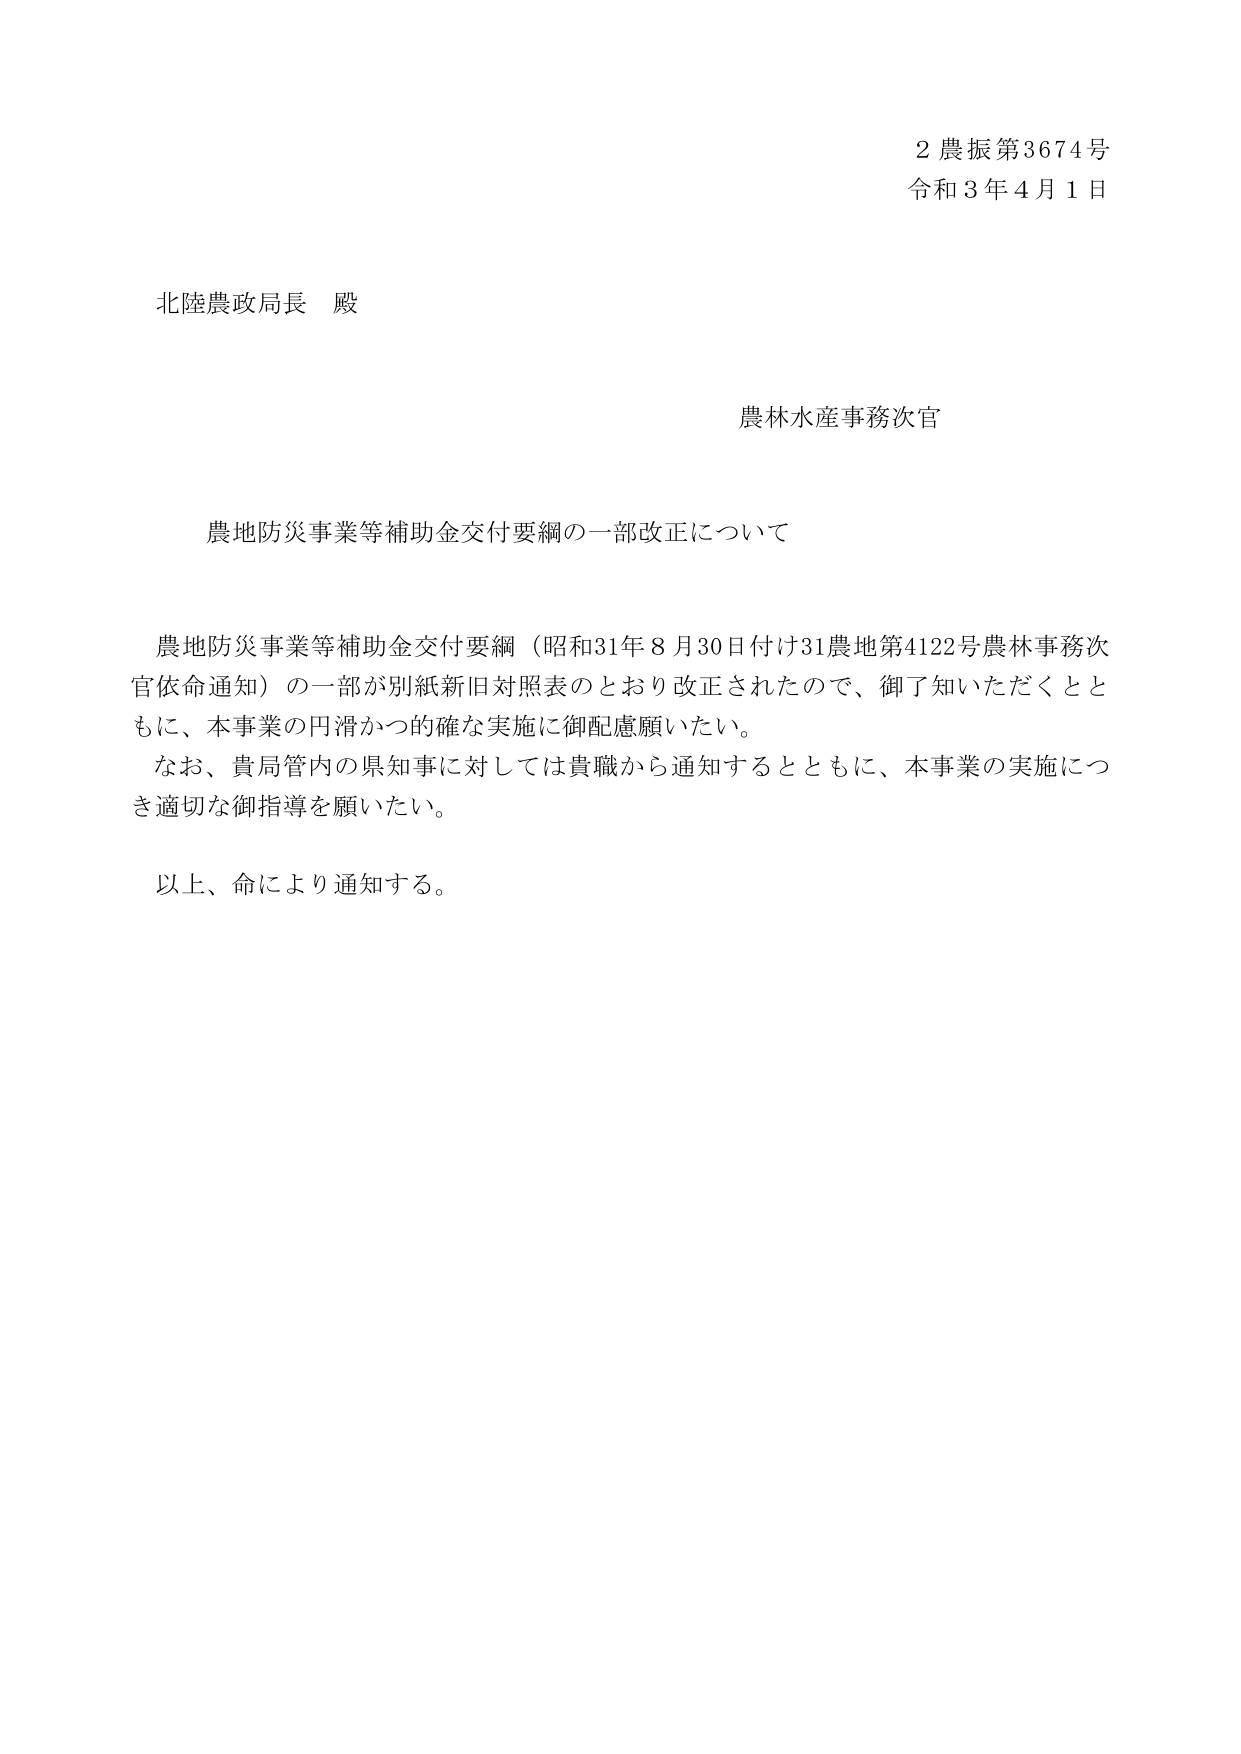
2農振第3674号
令和3年4月1日

北陸農政局長 殿

農林水産事務次官

農地防災事業等補助金交付要綱の一部改正について

農地防災事業等補助金交付要綱（昭和31年8月30日付け31農地第4122号農林事務次官依命通知）の一部が別紙新旧対照表のとおり改正されたので、御了知いただくとともに、本事業の円滑かつ的確な実施に御配慮願いたい。
なお、貴局管内の県知事に対しては貴職から通知するとともに、本事業の実施につき適切な御指導を願いたい。

以上、命により通知する。